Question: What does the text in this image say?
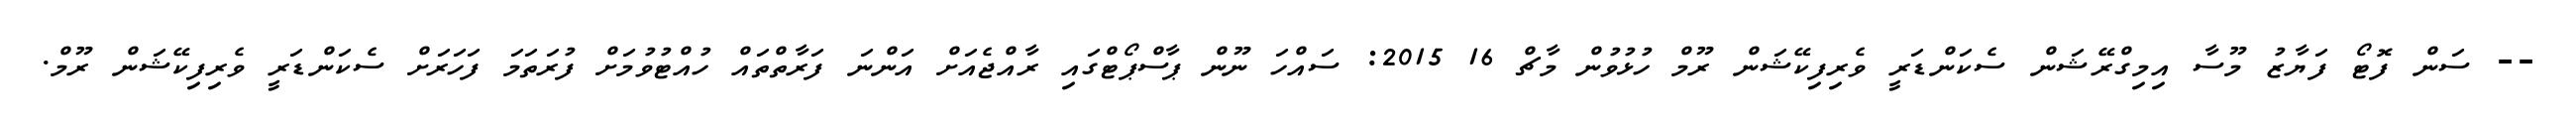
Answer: -- ސަން ފޮޓޯ ފަޔާޒު މޫސާ އިމިގްރޭޝަން ސެކަންޑަރީ ވެރިފިކޭޝަން ރޫމް ހުޅުވުން މާޗް 16 2015: ސައްހަ ނޫން ޕާސްޕޯޓްގައި ރާއްޖެއަށް އަންނަ ފަރާތްތައް ހުއްޓުވުމަށް ފުރަތަމަ ފަހަރަށް ސެކަންޑަރީ ވެރިފިކޭޝަން ރޫމް.